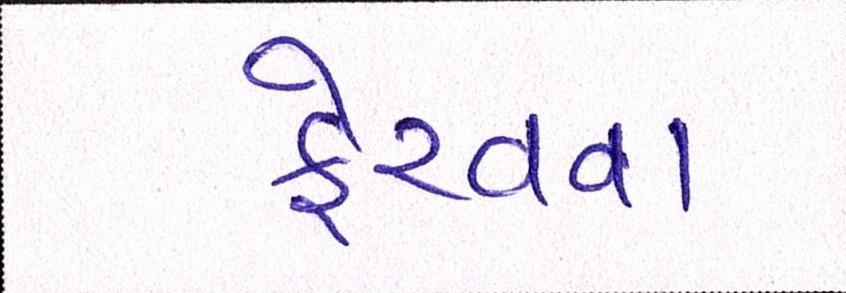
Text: ફેરવવા